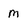
Character: m